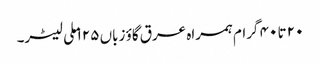
۲۰ تا ۴۰ گرام ہمراہ عرق گاؤ زباں ۱۲۵ ملی لیٹر۔